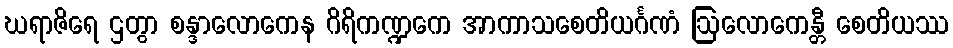
ဃရာဇိရေ ဌတွာ စန္ဒာလောကေန ဂိရိကဏ္ဍကေ အာကာသစေတိယင်္ဂဏံ ဩလောကေန္တီ စေတိယဿ